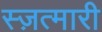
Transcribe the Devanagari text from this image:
स्ज़त्मारी